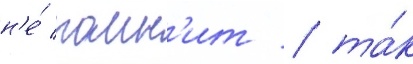
н'е́ помн'ит / та́к